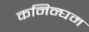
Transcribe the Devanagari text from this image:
कनिन्घम